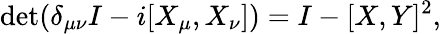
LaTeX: \operatorname*{det}(\delta_{\mu\nu}I-i[X_{\mu},X_{\nu}])=I-[X,Y]^{2},